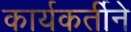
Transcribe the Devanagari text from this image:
कार्यकर्तीने